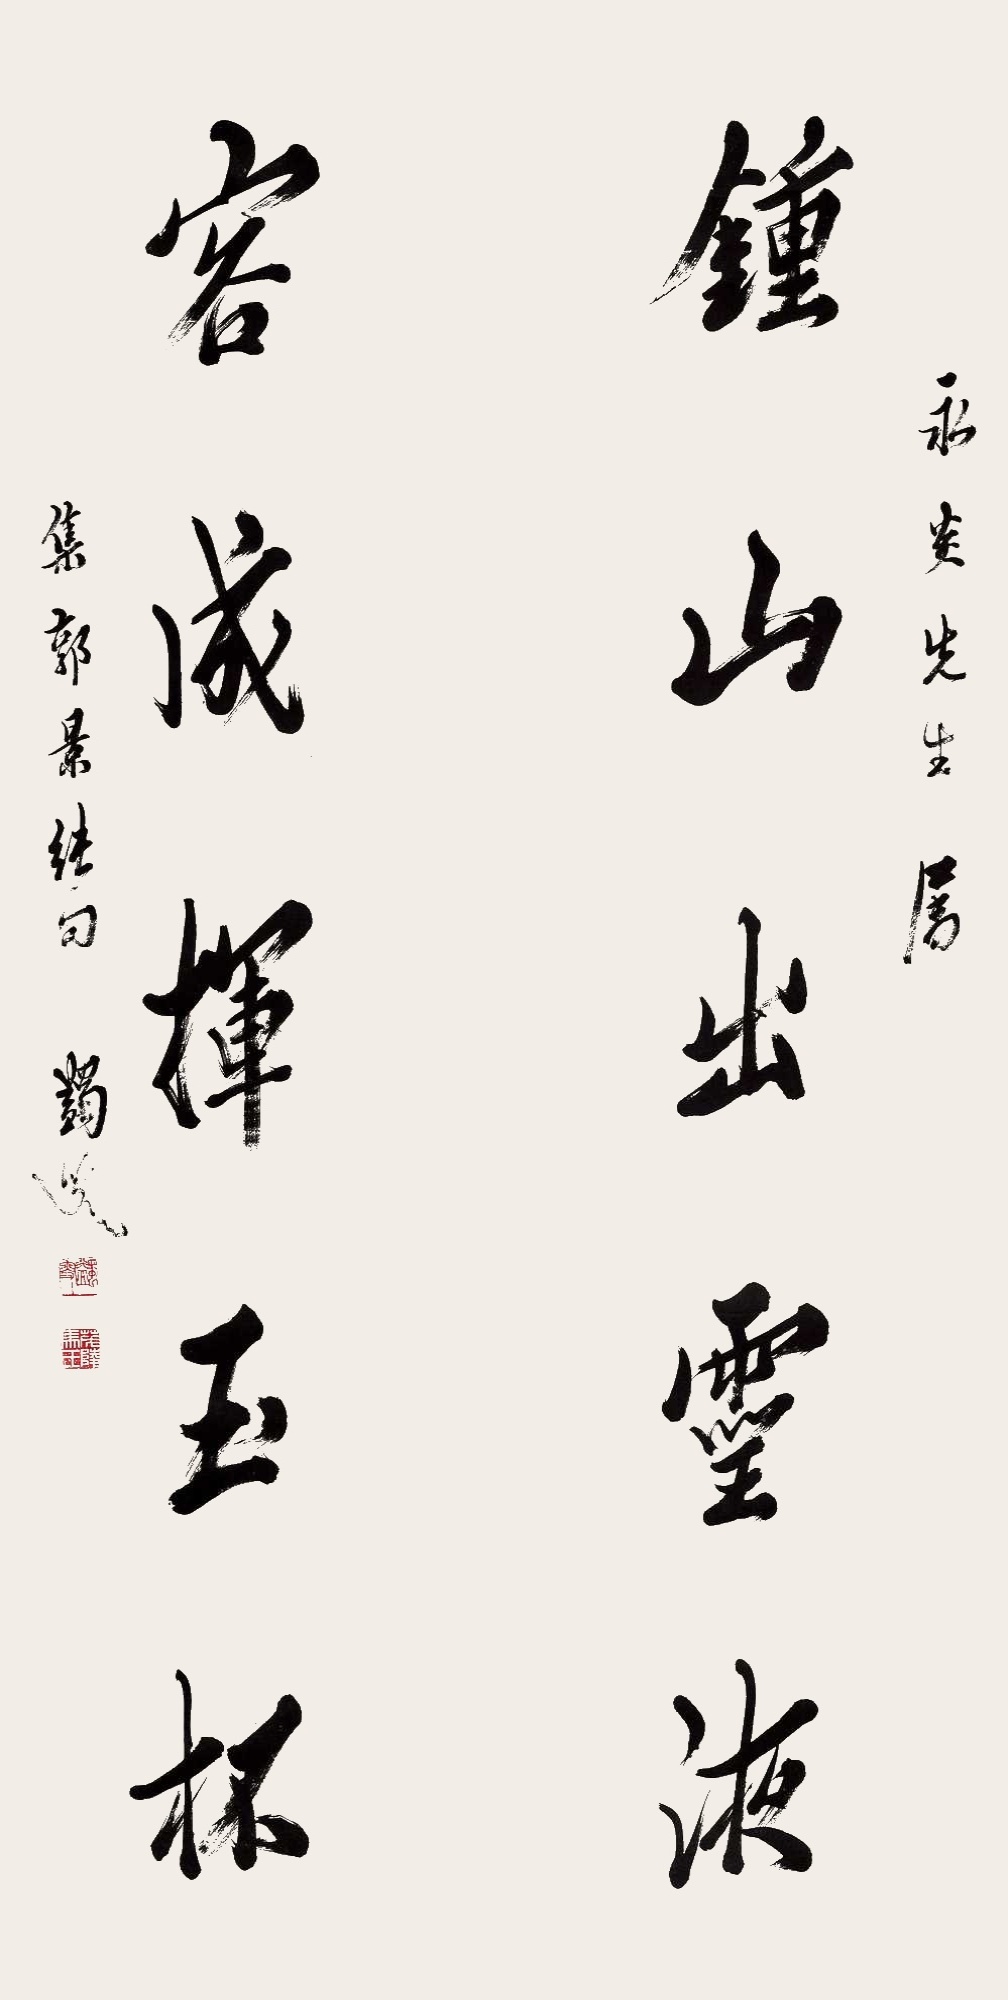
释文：钟山出灵液，容成挥玉杯。永炎先生属。集郭景纯句，蠲叟。